Lunatic asylums Madras 1892-1911 - 1892-1911
Year: 1892
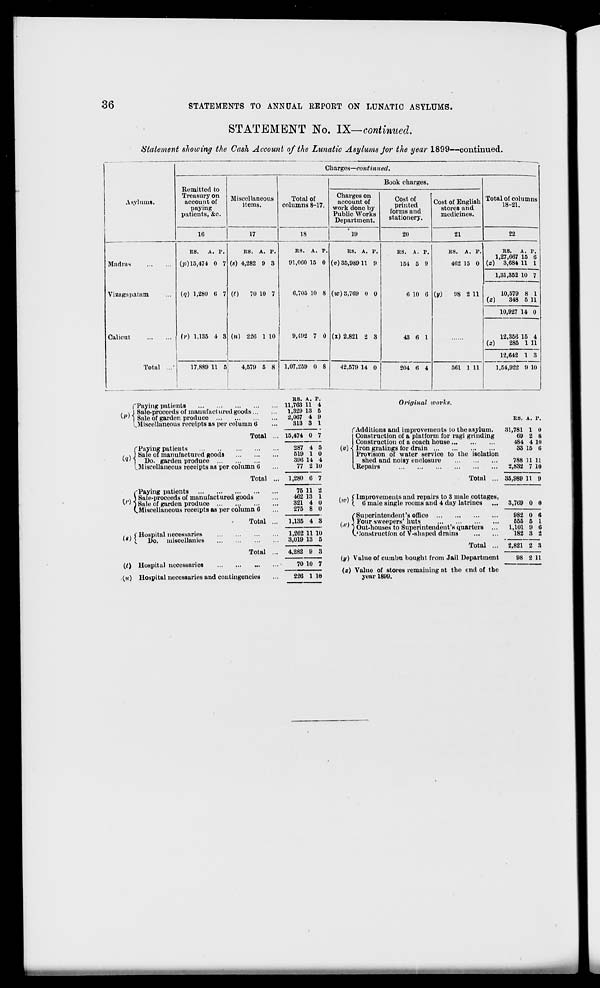
36
STATEMENTS TO ANNUAL REPORT ON LUNATIC ASYLUMS.
STATEMENT No. IX—continued.
Statement showing the Cash Account of the Lunatic Asylums for the year 1899—continued.
Asylums.
Charges—continued.
Remitted to
Treasury on
account of
paying
patients, &c.
Miscellaneous
items.
Total of
columns 8-17.
Book charges.
Total of columns
18-21.
Charges on
account of
work done by
Public Works
Department.
Cost of
printed
forms and
stationery.
Cost of English
stores and
medicines.
16
17
18
19
20
21
22
Madras
Viasagapatom
Calicut
Total ...•
ns. A. r.
(p) 15,474 0 7
(q) 1,280 6 7
()•) 1,135 4 8
ns. A. p.
(s) 4,282 9 3
(t)
70 10 7
(W) 220 1 10
RS. A. P.
91,000 15 0
6,705 10 8
9,-192 7 0
IIS. A. P.
(v) 35,989 11 9
(w) 8,709 0 0
(x) 2,821 2 3
RS. A. P.
154 5 9
6 10 6
43 6 1
RS. A. P.
462 15 0
(y)
98 2 11
RS. A. p.
1,27,667 15 6
(z) 3,684 11 1
1,31,352 10 7
10,579 8 1
(z)
348 5 11
10,927 14 0
12,356 15 4
(z)
285 1 11
12,642 1 3
17,889 11 5
4,579 5 8 1,07,259 0 8
42,579 14 0
204 6 4
561 1 11
1,54,922 9 10
fFaying patients
/ \ J Sale-proceeds of manufactured goods...
*"' 1 Sale of garden produce
[.Miscellaneous receipts as per column 6
Total
R8. A. p.
11,763 11 4
1,329 18 5
2,067 4 9
813 3 1
CPaying patients
i \ } Sale of manufae
«' 1 Do. garden produce
Sale of manufactured goods
Do. garden produce
^Miscellaneous receipts as per column 6
Total
iPaying patients
Sale-proceeds of manufactured goods
Sale of garden produce
Miscellaneous receipts as per column 6
, , [Hospital necessaries
' ' v. Do. miscellanies
Total
Total
(0 Hospital necessaries
.(«) Hospital necessaries and contingencies
15,474 0 7
287 4 5
519 1 0
396 14 4
77 2 10
1,280 6 7
75 11
462 13
321 4
275 8
2
1
0
0
1,135 4 8
1,262 11 10
3,019 18 5
4,282 9 8
70 10 7
220 1 10
(»)
Original works.
f Additions and improvements to the asylum.
Construction of a platform for ragi grinding
Construction of a coach house
Iron gratings for drain
Provision of water service to the isolation
shed and noisy enclosure
I. Repairs
Total ...
RS. A. p.
31,781 1 0
69 2 8
484 4 10
33 15 6
cottages,
incs
, \ (Improvements and repairs to 3 male
1 ' \ 6 male single rooms and 4 day latri
(Superintendent's office
/ . 5 Four sweepers' huts
l ' ' } Out-houses to Superintendent's quarters ...
V instruction of V-shaped drains
Total ...
{y) Value of cumbu bought from Jail Department
(z) Value of stores remaining at the end of the
year 1899.
788 11 11
2,832 7 10
35,989 11 9
3,769 0 0
982
655
1,101
182
0
5
9
3
6
1
*;
2
2,821 2 3
98 2 11